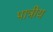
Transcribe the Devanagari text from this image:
पात्रीय